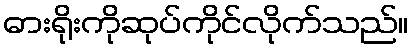
ဓားရိုးကိုဆုပ်ကိုင်လိုက်သည်။